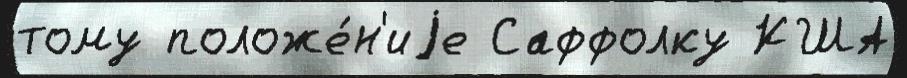
тому положе́н'иjе Саффолку КША